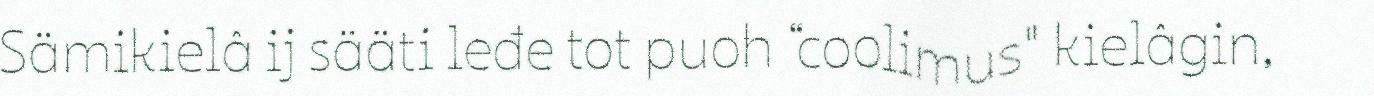
Sämikielâ ij sääti leđe tot puoh “coolimus" kielâgin,